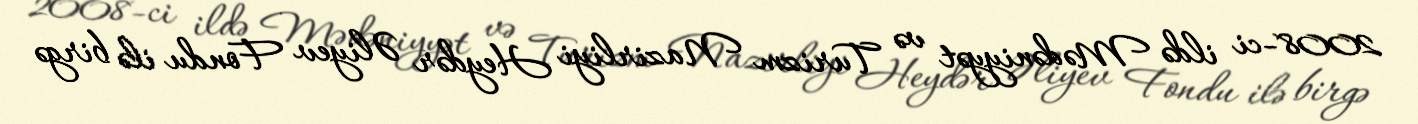
2008-ci ildə Mədəniyyət və Turizm Nazirliyi Heydər Əliyev Fondu ilə birgə